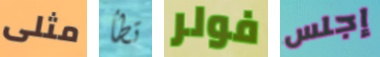
مثلى تطأ فولر إجلس